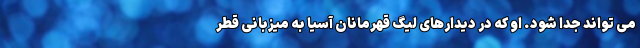
می تواند جدا شود. او که در دیدارهای لیگ قهرمانان آسیا به میزبانی قطر